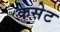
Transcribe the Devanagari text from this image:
कसेट